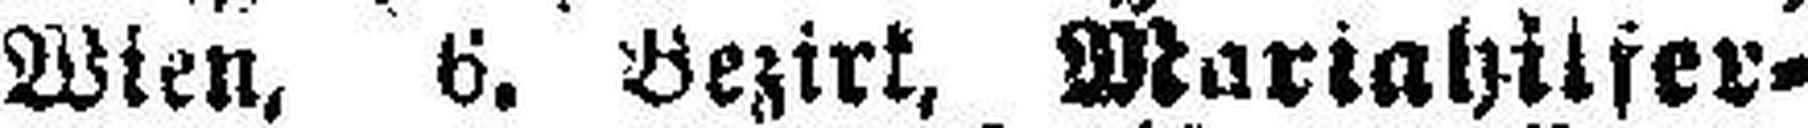
Wien, 6. Bezirk, Mariahilfer¬